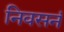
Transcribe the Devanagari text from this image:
निवसनं